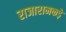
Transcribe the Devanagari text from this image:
राजारामकड़े